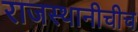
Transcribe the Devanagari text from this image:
राजस्थानीचीच